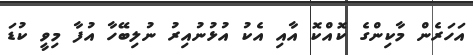
އަހަރެން މާކިންގެ ކޮއްކޮ އާއި އެކު އުޅުނުއިރު ނުލިބޭހާ އުފާ މިވީ ކުޑަ